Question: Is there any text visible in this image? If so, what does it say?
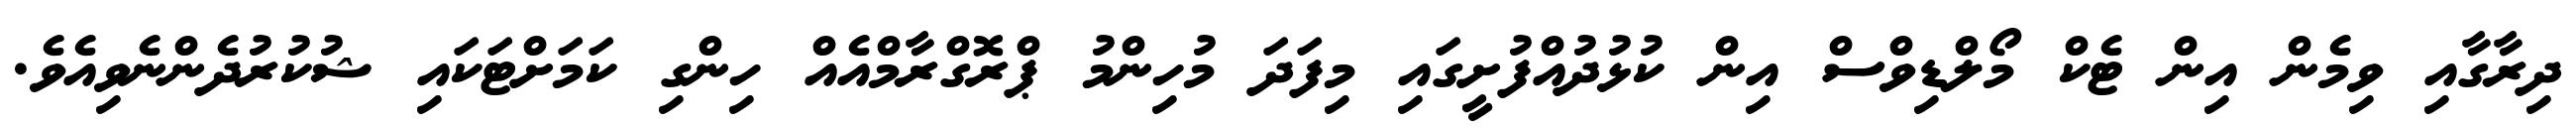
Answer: ދިރާގާއި ވިމެން އިން ޓެކް މޯލްޑިވްސް އިން ކުޅުދުއްފުށީގައި މިފަދަ މުހިންމު ޕްރޮގްރާމްއެއް ހިންގި ކަމަށްޓަކައި ޝުކުރުދެންނެވިއެވެ.